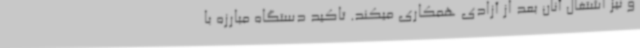
و نیز اشتغال آنان بعد از آزادی همکاری میکند. تاکید دستگاه مبارزه با